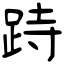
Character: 跱